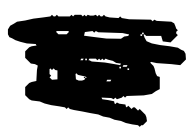
Text: its
Cross-out: scratch
Writing tool: digital_black